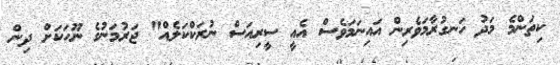
ކިތަންމެ މަދު ހަނގުރާމަވެރިން އައިނަމަވެސް އެއީ ސީރިއަސް ނުރަކްކަލެއް" ޖަރުމަނުގެ ނޫހަކަށް ދިން